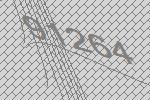
91264